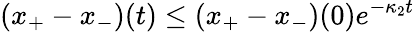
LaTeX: (x_{+}-x_{-})(t)\leq(x_{+}-x_{-})(0)e^{-\kappa_{2}t}